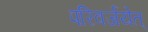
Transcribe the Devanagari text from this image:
परिवर्जयेत्